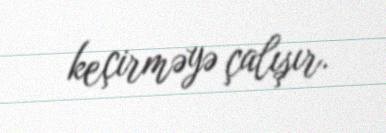
keçirməyə çalışır.